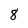
Character: 8